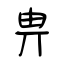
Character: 畁